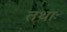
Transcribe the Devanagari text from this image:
तथाः